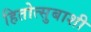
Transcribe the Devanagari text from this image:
हितोत्सुबाशी